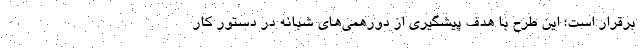
برقرار است؛ این طرح با هدف پیشگیری از دورهمی‌های شبانه در دستور کار